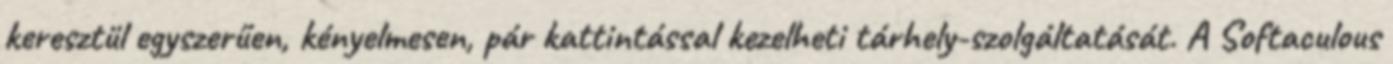
keresztül egyszerűen, kényelmesen, pár kattintással kezelheti tárhely-szolgáltatását. A Softaculous